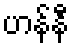
ဟန်နီ